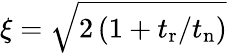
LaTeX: \xi=\sqrt{2\, (1+t_{\mathrm{r}}/t_{\mathrm{n}})}